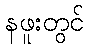
နဖူးတွင်